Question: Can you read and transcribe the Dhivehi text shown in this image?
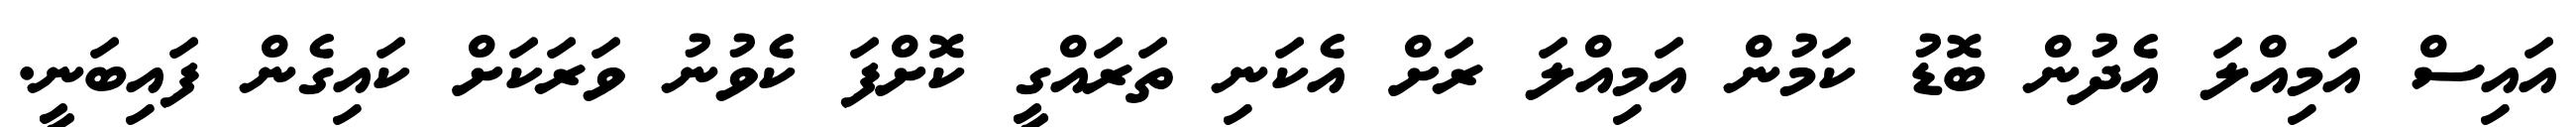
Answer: އައިސް އަމިއްލަ އެދުން ބޮޑު ކަމުން އަމިއްލަ ރަށް އެކަނި ތަރައްގީ ކޮށްފަ ކެވުނު ވަރަކަށް ކައިގެން ފައިބަނީ.